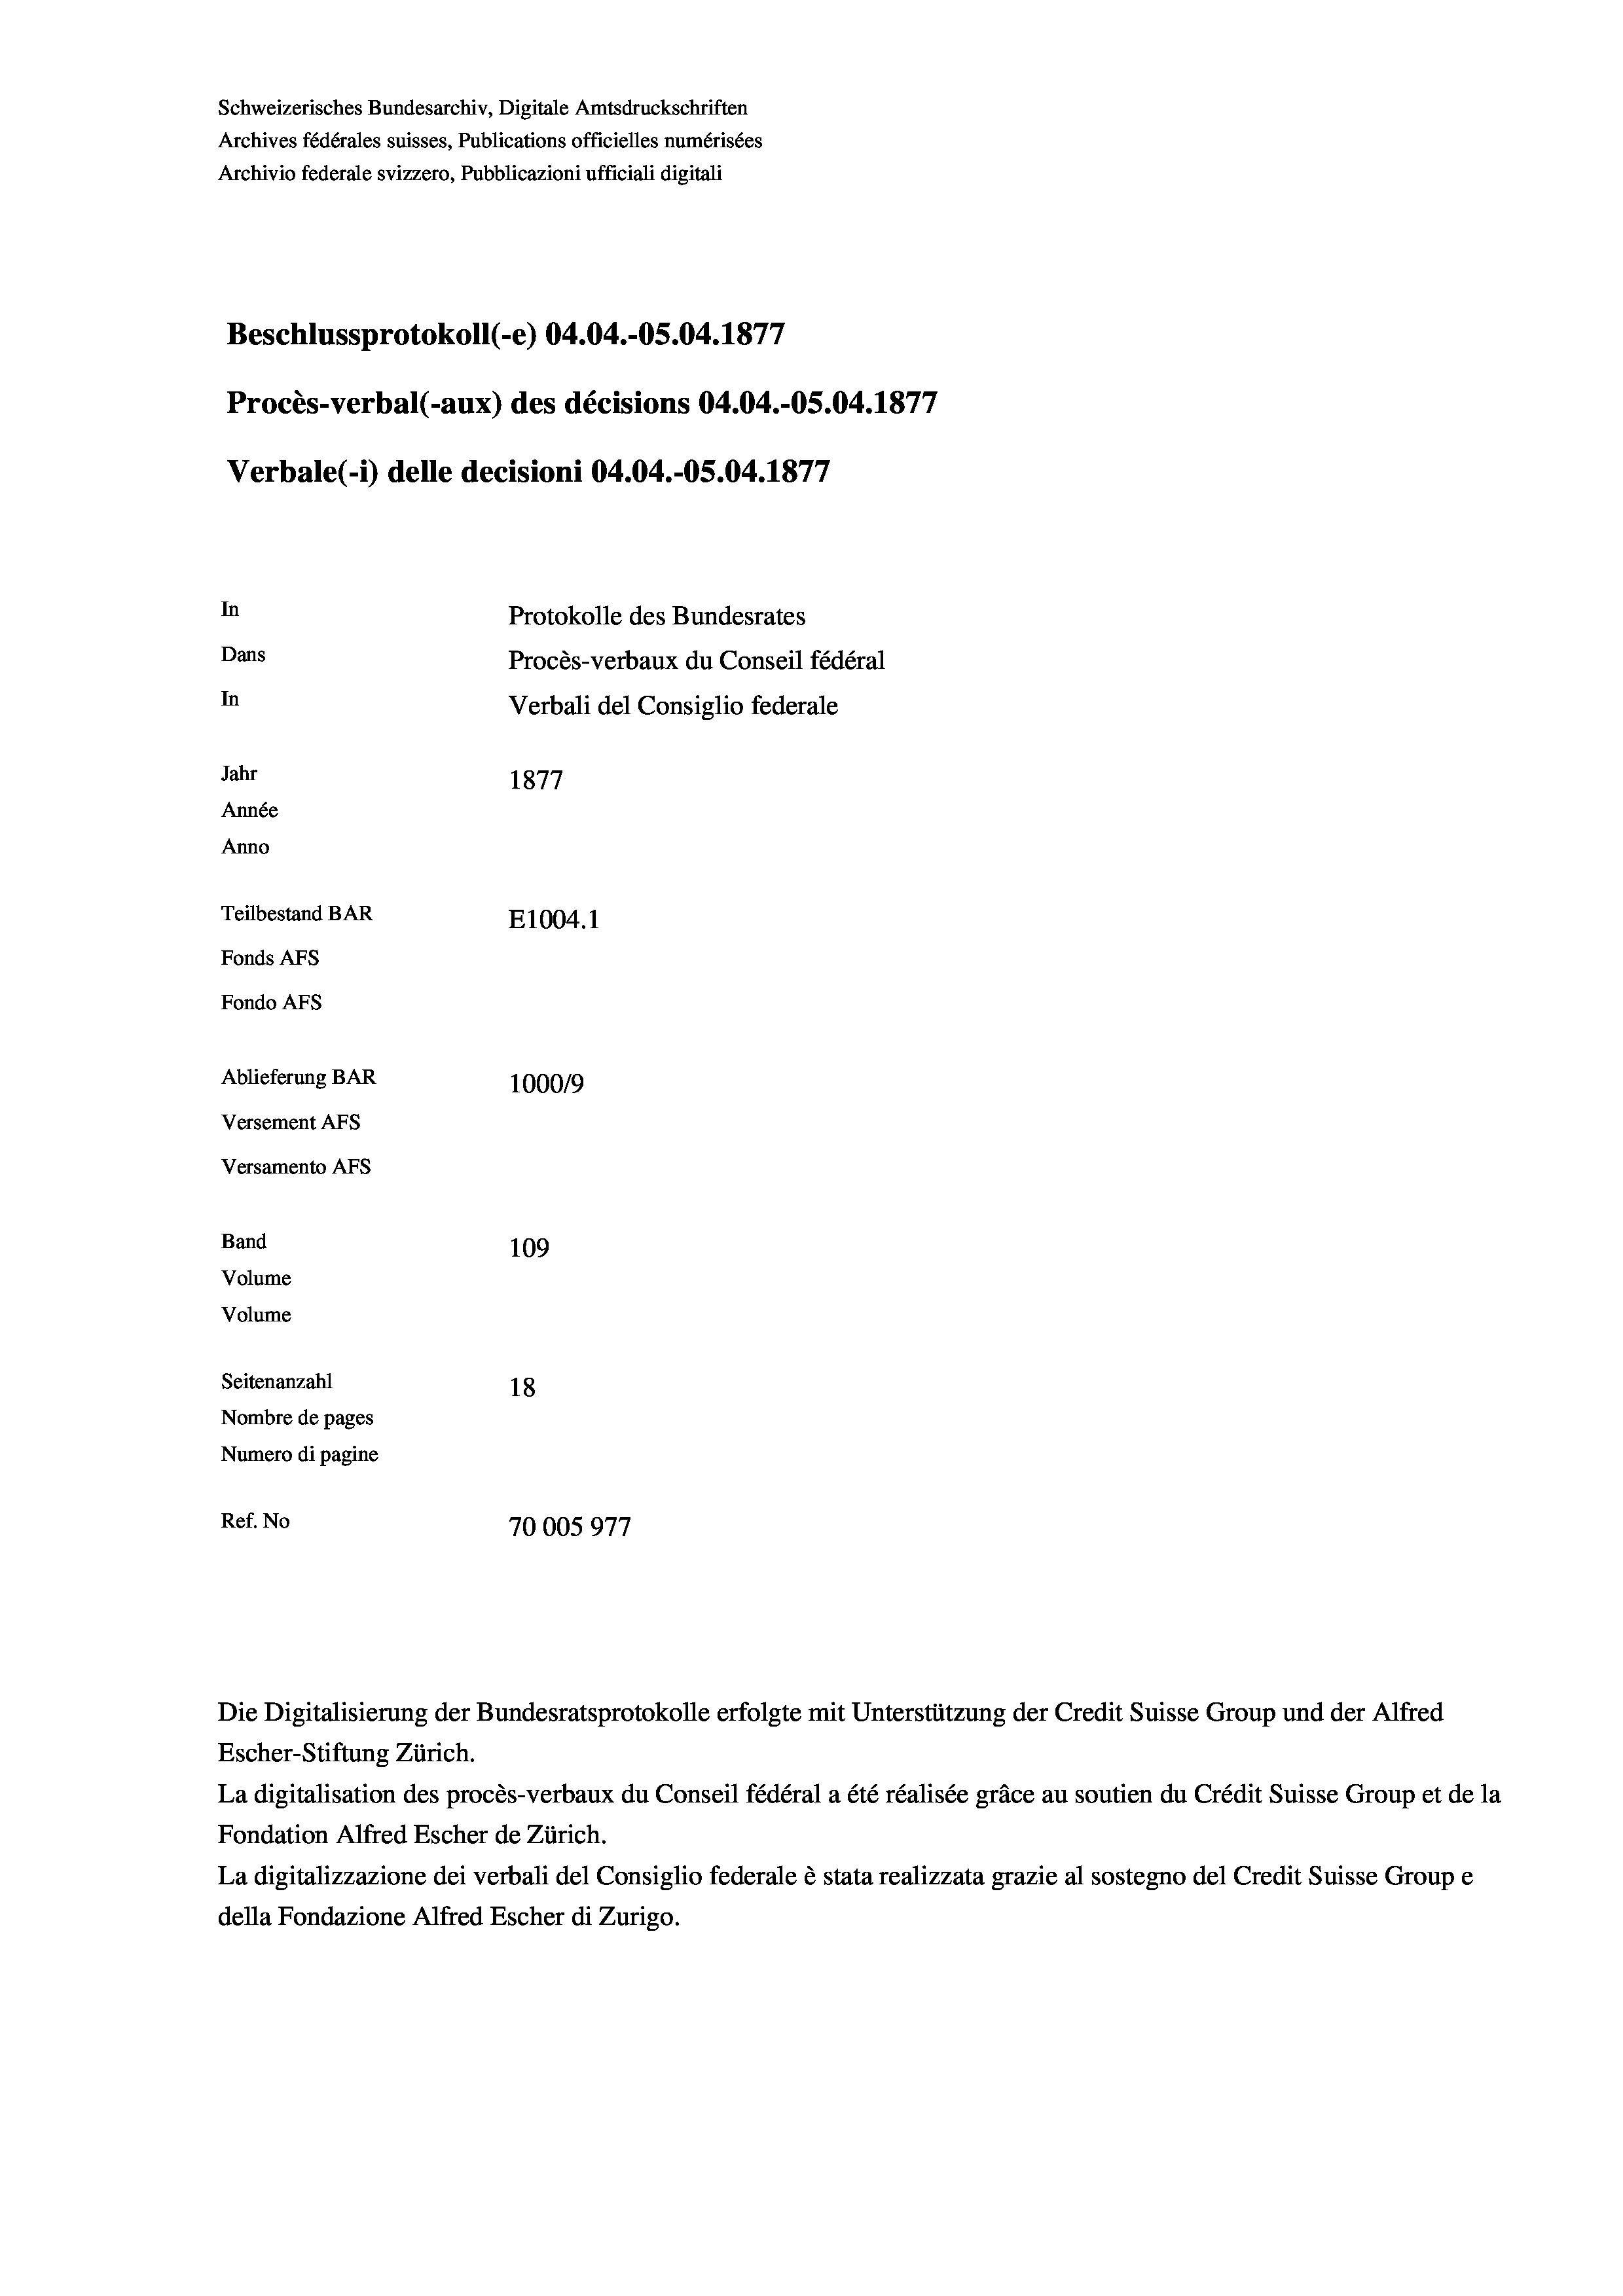
Schweizerisches Bundesarchiv, Digitale Amtsdruckschriften
Archives fédérales suisses, Publications officielles numérisées
Archivio federale svizzero, Pubblicazioni ufficiali digitali
e
Beschlussprotokoll (-e) 04.04.-OS.04.187/
Procès-verbal (-aux) des décisions 04.04.-OS.04. 1877
Verbale (1) delle decisioni 04.04.-OS.04. 1877
In
Protokolle des Bundesrates
Dans
Procès-verbaux du Conseil fédéral
In
Verbali del Consiglio federale
Jahr
1877
Année
Anno
Teilbestand BAR
E1004.1
Fonds AFs
Fondo AFs
Ablieferung BAR
100019
Versement AFs
Versamento AFs
Band
109
Volume
Volume

Seitenanzahl
18
Nombre de pages
Numero di pagine
Ref. No
70005977

Escher-Stiftung Zürich.
La digitalisation des procès-verbaux du Conseil fédéral a été réalisée gräce au soutien du Crédit Suisse Group et de la
Fondation Alfred Escher de Zürich.
La digitalizzazione dei verbali del Consiglio federale è stata realizzata grazie al sostegno del Credit Suisse Groupe
della Fondazione Alfred Escher di Zurigo.

Die Digitalisierung der Bundesratsprotokolle erfolgte mit Unterstützung der Credit Suisse Group und der Alfred